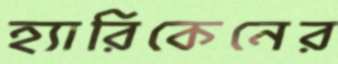
হ্যারিকেনের